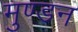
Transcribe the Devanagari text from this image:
मुण्डन